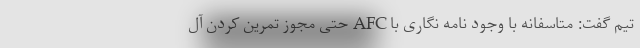
تیم گفت: متاسفانه با وجود نامه نگاری با AFC حتی مجوز تمرین کردن آل